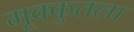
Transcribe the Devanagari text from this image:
मूक्कुतला